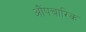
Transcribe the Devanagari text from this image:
औंपचारिक